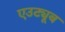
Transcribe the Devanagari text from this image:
एउट्यूब